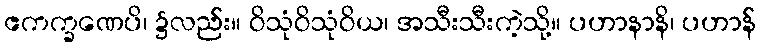
ဧကက္ခဏေပိ၊ ၌လည်း။ ဝိသုံဝိသုံဝိယ၊ အသီးသီးကဲ့သို့။ ပဟာနာနိ၊ ပဟာန်